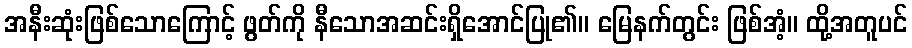
အနီးဆုံးဖြစ်သောကြောင့် ဖွတ်ကို နီသောအဆင်းရှိအောင်ပြု၏။ မြေနက်တွင်း ဖြစ်အံ့။ ထို့အတူပင်